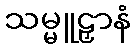
သမ္မူဠှာနံ